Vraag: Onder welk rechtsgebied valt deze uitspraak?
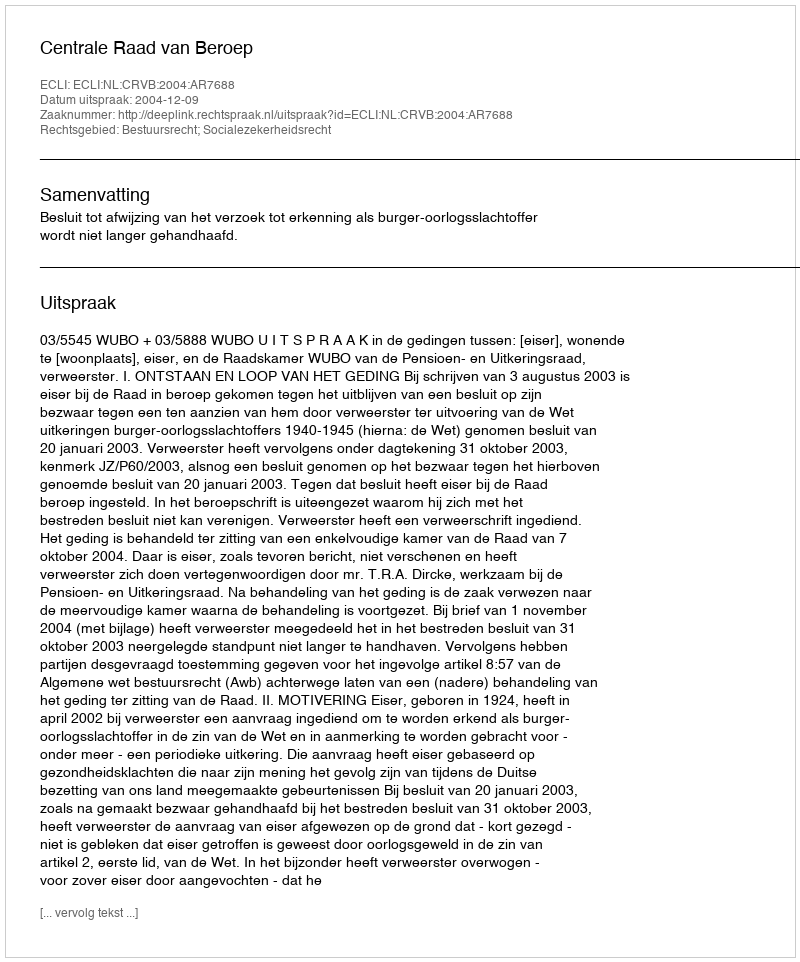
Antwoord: Bestuursrecht; Socialezekerheidsrecht